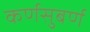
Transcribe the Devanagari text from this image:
कर्णसुबर्ण